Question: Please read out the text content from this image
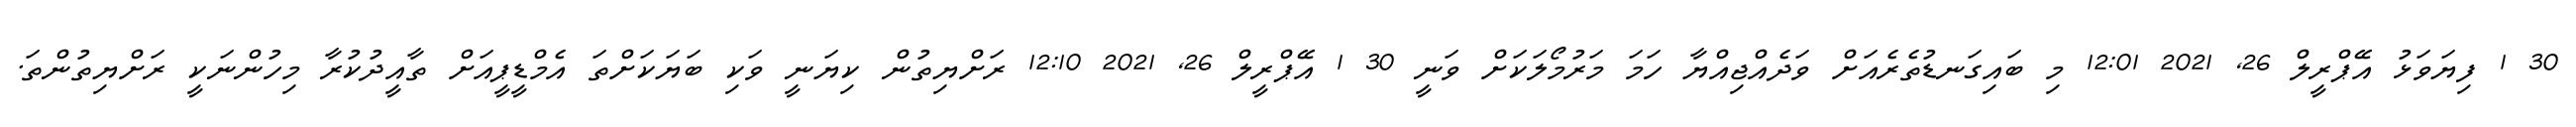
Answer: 30 1 ފިޔަވަޅު އޭޕްރީލް 26, 2021 12:01 މި ބައިގަނޑުތެރެއަށް ވަދެއްޖިއްޔާ ހަމަ މަރުމޯލަކަށް ވަނީ 30 1 އޭޕްރީލް 26, 2021 12:10 ރަށްޔިތުން ކިޔަނީ ވަކި ބަޔަކަށްތަ އެމްޑީޕީއަށް ތާއީދުކުރާ މިހުންނަކީ ރަށްޔިތުންތަ.